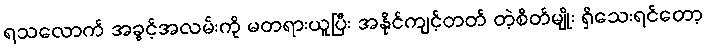
ရသလောက် အခွင့်အလမ်းကို မတရားယူပြီး အနိုင်ကျင့်တတ် တဲ့စိတ်မျိုး ရှိသေးရင်တော့